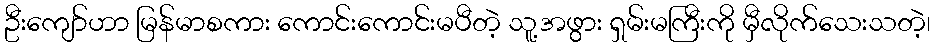
ဦးကျော်ဟာ မြန်မာစကား ကောင်းကောင်းမပီတဲ့ သူ့အဖွား ရှမ်းမကြီးကို မှီလိုက်သေးသတဲ့၊